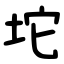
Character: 坨